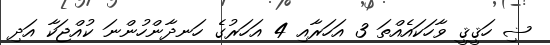
ޟި ހަޤީޤީ ވާހަކައެއްތަ 3 އަހަރާއި 4 އަހަރުގެ ހަނދާންހުންނަ ކުއްޖަކާ އަދި